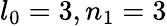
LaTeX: l_{0}=3,n_{1}=3